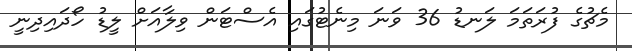
މެޗުގެ ފުރަތަމަ ލަނޑު 36 ވަނަ މިނެޓުގައި އެސްޓަން ވިލާއަށް ލީޑު ހޯދައިދިނީ